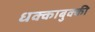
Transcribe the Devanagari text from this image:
धक्काबुक्की